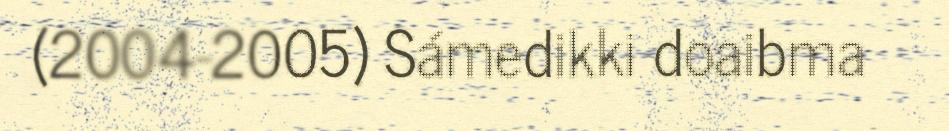
(2004-2005) Sámedikki doaibma